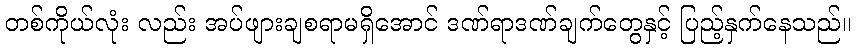
တစ်ကိုယ်လုံး လည်း အပ်ဖျားချစရာမရှိအောင် ဒဏ်ရာဒဏ်ချက်တွေနှင့် ပြည့်နှက်နေသည်။